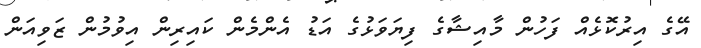
އޭގެ އިރުކޮޅެއް ފަހުން މާއިޝާގެ ފިޔަވަޅުގެ އަޑު އެންމެން ކައިރިން އިވުމުން ޒަވިއަން